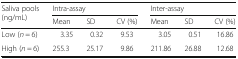
| <ROWSPAN=2> Saliva pools (ng/mL) | <COLSPAN=3> Intra-assay | <COLSPAN=3> Inter-assay |
 | Mean | SD | CV (%) | Mean | SD | CV (%) |
 | --- | --- | --- | --- | --- | --- | --- |
 | Low (n = 6) | 3.35 | 0.32 | 9.53 | 3.05 | 0.51 | 16.86 |
 | High (n = 6) | 255.3 | 25.17 | 9.86 | 211.86 | 26.88 | 12.68 |